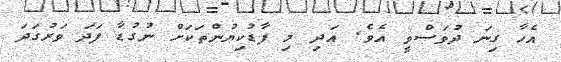
އެހާ ގިނަ ދުވަސްވީ އެވެ. އަދި މި ފާޑުކިޔުންތަކަށް ނުގުޑާ ފަދަ ވަރުގަދަ